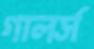
গালর্স